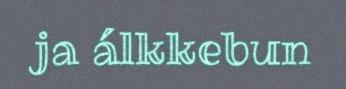
ja álkkebun